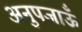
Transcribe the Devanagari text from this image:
अनुपजाऊँ